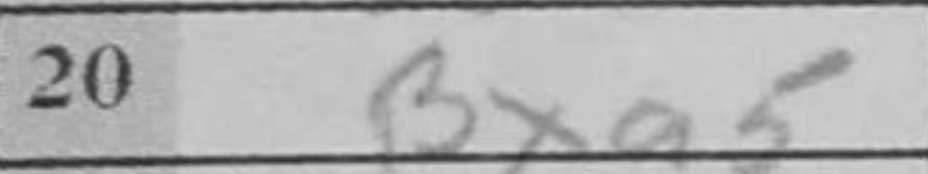
Transcription: Bxa5